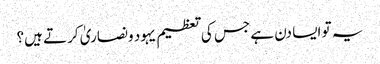
یہ تو ایسا دن ہے جس کی تعظیم یہود ونصاریٰ کرتے ہیں؟